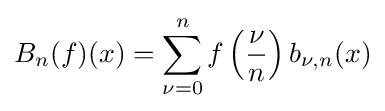
B_{n}(f)(x)=\sum _{\nu =0}^{n}f\left({\frac {\nu }{n}}\right)b_{\nu ,n}(x)